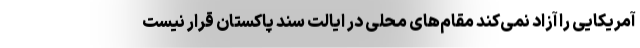
آمریکایی را آزاد نمی‌کند مقام‌های محلی در ایالت سند پاکستان قرار نیست